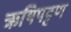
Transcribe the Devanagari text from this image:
ऋषिपट्टण